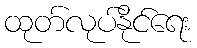
ထုတ်လုပ်နိုင်ရေး